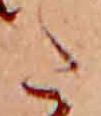
た